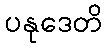
ပနုဒေတိ